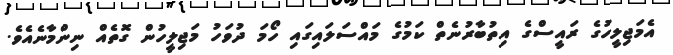
އެމަޖިލީހުގެ ރައީސްގެ އިތުބާރުނެތް ކަމުގެ މައްސަލައިގައި ހޯމަ ދުވަހު މަޖިލީހުން ގޮތެއް ނިންމާނެއެވެ.